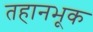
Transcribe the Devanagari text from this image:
तहानभूक